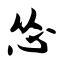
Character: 怂